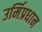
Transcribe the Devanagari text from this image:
उर्मिप्रधान